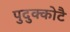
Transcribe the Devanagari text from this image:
पुदुक्कोटै